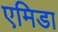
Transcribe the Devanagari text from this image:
एमिडा